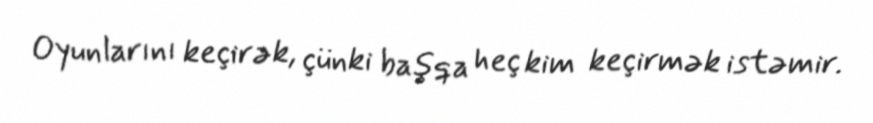
Oyunlarını keçirək, çünki başqa heç kim keçirmək istəmir.